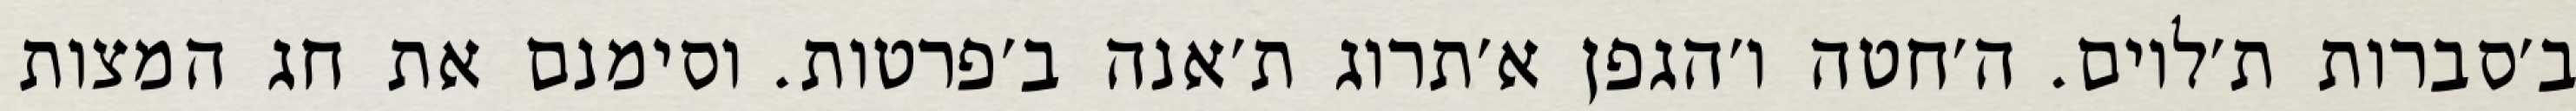
ב׳סברות ת׳לוים. ה׳חטה ו׳הגפן א׳תרוג ת׳אנה ב׳פרטות. וסימנם את חג המצות